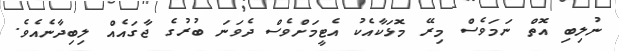
ނުލިބި އޮތް ނަމަވެސް މިރޭ މޮޅަކާއެކު އެޓީމަށްވެސް ދެވަނަ ބުރުގެ ޖާގައެއް ލިބިދާނެއެވެ.